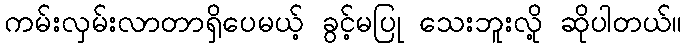
ကမ်းလှမ်းလာတာရှိပေမယ့် ခွင့်မပြု သေးဘူးလို့ ဆိုပါတယ်။